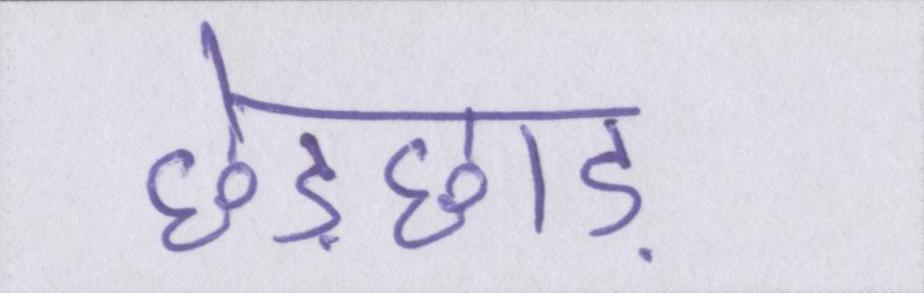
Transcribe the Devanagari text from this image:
छेड़छाड़